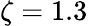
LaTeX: \zeta=1.3